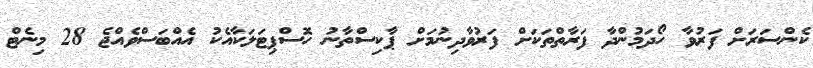
ކެންސަރަށް ފަރުވާ ހޯދަމުންދާ ފަރާތްތަކަށް ފަރުވާދިނުމަށް ޕާކިސްތާނު ހޮސްޕިޓަލަކާއެކު އެއްބަސްވެއްޖެ 28 މިނެޓް